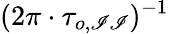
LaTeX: (2\pi\cdot\tau_{o,\mathscr{I}\mathscr{I}})^{-1}